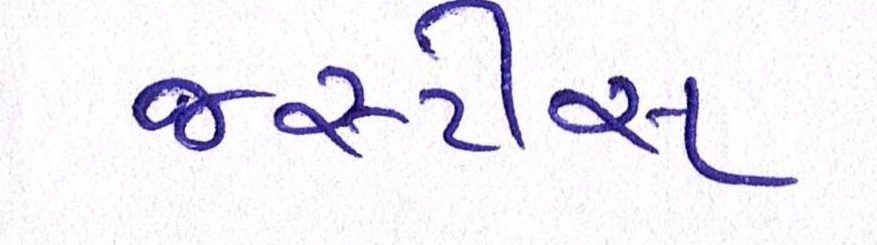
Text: જસ્ટીસ